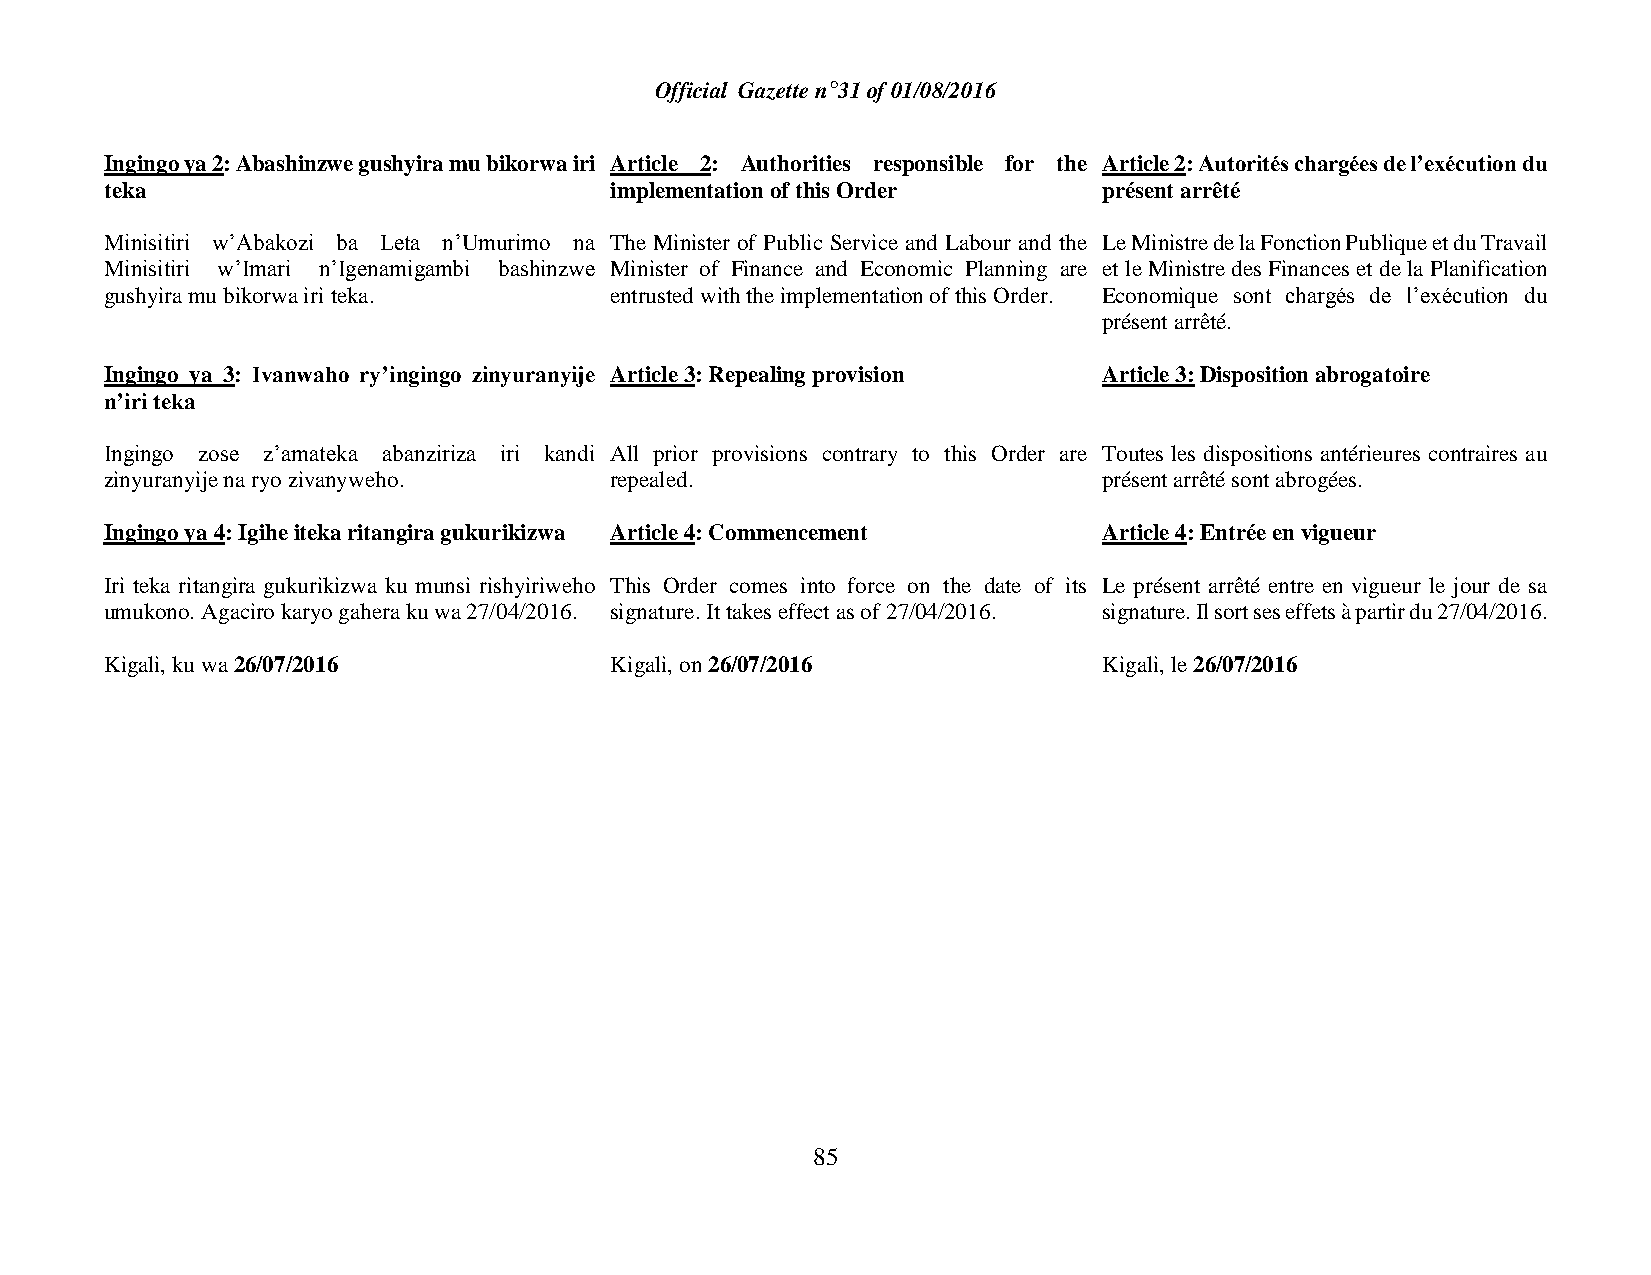
Official Gazette n°31 of 01/08/2016
 Ingingo ya 2: Abashinzwe gushyira mu bikorwa iri Article 2: Authorities responsible for the Article 2: Autorités chargées de l’exécution du
 teka                             implementation of this Order     présent arrêté
 Minisitiri w’Abakozi ba Leta n’Umurimo na The Minister of Public Service and Labour and the Le Ministre de la Fonction Publique et du Travail
 Minisitiri w’Imari n’Igenamigambi bashinzwe Minister of Finance and Economic Planning are et le Ministre des Finances et de la Planification
 gushyira mu bikorwa iri teka.    entrusted with the implementation of this Order. Economique sont chargés de l’exécution du
 présent arrêté.
 Ingingo ya 3: Ivanwaho ry’ingingo zinyuranyije Article 3: Repealing provision Article 3: Disposition abrogatoire
 n’iri teka
 Ingingo zose z’amateka abanziriza iri kandi All prior provisions contrary to this Order are Toutes les dispositions antérieures contraires au
 zinyuranyije na ryo zivanyweho.  repealed.                        présent arrêté sont abrogées.
 Ingingo ya 4: Igihe iteka ritangira gukurikizwa Article 4: Commencement Article 4: Entrée en vigueur
 Iri teka ritangira gukurikizwa ku munsi rishyiriweho This Order comes into force on the date of its Le présent arrêté entre en vigueur le jour de sa
 umukono. Agaciro karyo gahera ku wa 27/04/2016. signature. It takes effect as of 27/04/2016. signature. Il sort ses effets à partir du 27/04/2016.
 Kigali, ku wa 26/07/2016         Kigali, on 26/07/2016            Kigali, le 26/07/2016
 85